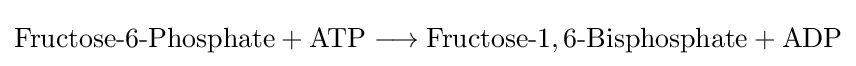
{\mathrm {Fructose} {\text{-}}6{\text{-}}\mathrm {Phosphate} {}+{}\mathrm {ATP} {}\mathrel {\longrightarrow } {}\mathrm {Fructose} {\text{-}}1,6{\text{-}}\mathrm {Bisphosphate} {}+{}\mathrm {ADP} }